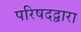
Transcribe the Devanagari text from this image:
परिषदद्वारा